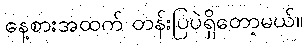
နေ့စားအထက် တန်းပြပဲရှိတော့မယ်။